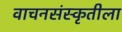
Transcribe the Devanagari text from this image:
वाचनसंस्कृतीला